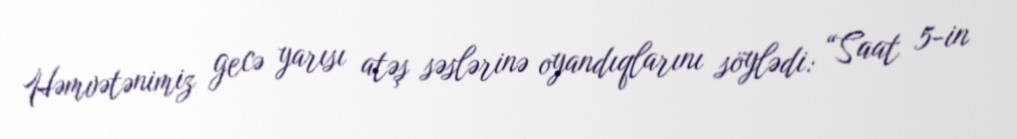
Həmvətənimiz gecə yarısı atəş səslərinə oyandıqlarını söylədi: “Saat 5-in